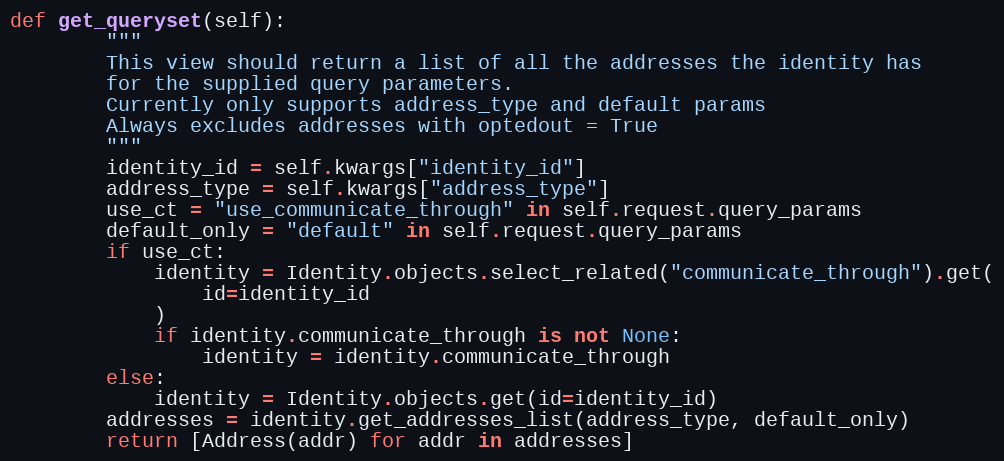
Language: Python
def get_queryset(self):
        """
        This view should return a list of all the addresses the identity has
        for the supplied query parameters.
        Currently only supports address_type and default params
        Always excludes addresses with optedout = True
        """
        identity_id = self.kwargs["identity_id"]
        address_type = self.kwargs["address_type"]
        use_ct = "use_communicate_through" in self.request.query_params
        default_only = "default" in self.request.query_params
        if use_ct:
            identity = Identity.objects.select_related("communicate_through").get(
                id=identity_id
            )
            if identity.communicate_through is not None:
                identity = identity.communicate_through
        else:
            identity = Identity.objects.get(id=identity_id)
        addresses = identity.get_addresses_list(address_type, default_only)
        return [Address(addr) for addr in addresses]